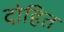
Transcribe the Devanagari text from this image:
दोहित